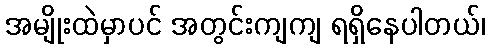
အမျိုးထဲမှာပင် အတွင်းကျကျ ရရှိနေပါတယ်၊